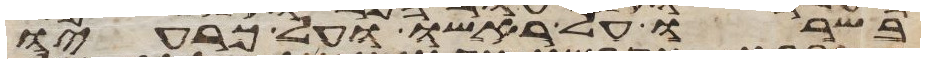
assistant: בשרו על ראשו ועל כרעיו